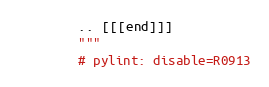
Language: Python
        .. [[[end]]]
        """
        # pylint: disable=R0913